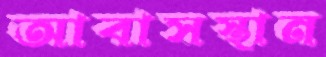
আবাসস্থান